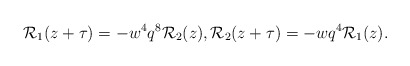
\begin{align*}\mathcal{R}_1 (z+\tau)=-w^4q^8\mathcal{R}_2(z), \mathcal{R}_2 (z+\tau)=-wq^4\mathcal{R}_1(z).\end{align*}